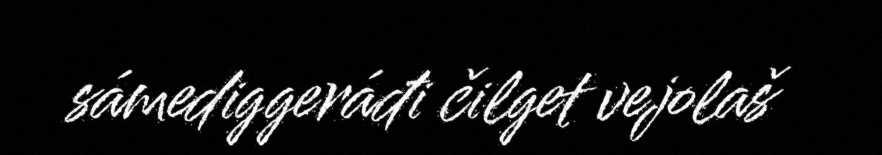
sámediggeráđi čilget vejolaš